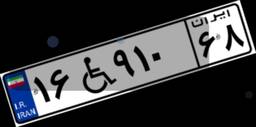
۷۳W۸۳۴۱۱